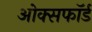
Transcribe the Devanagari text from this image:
ओक्सफॉर्ड